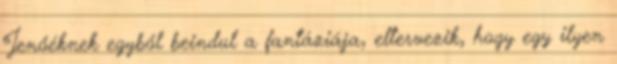
Jenőéknek egyből beindul a fantáziája, eltervezik, hogy egy ilyen